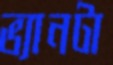
ভ্যানটা